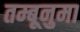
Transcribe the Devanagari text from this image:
तम्बूनुमा